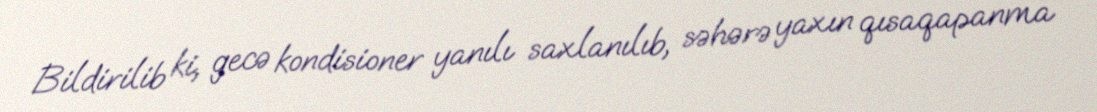
Bildirilib ki, gecə kondisioner yanılı saxlanılıb, səhərə yaxın qısaqapanma